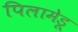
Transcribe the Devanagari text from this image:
पिलामेडू